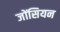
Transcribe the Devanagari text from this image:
जोंसियन